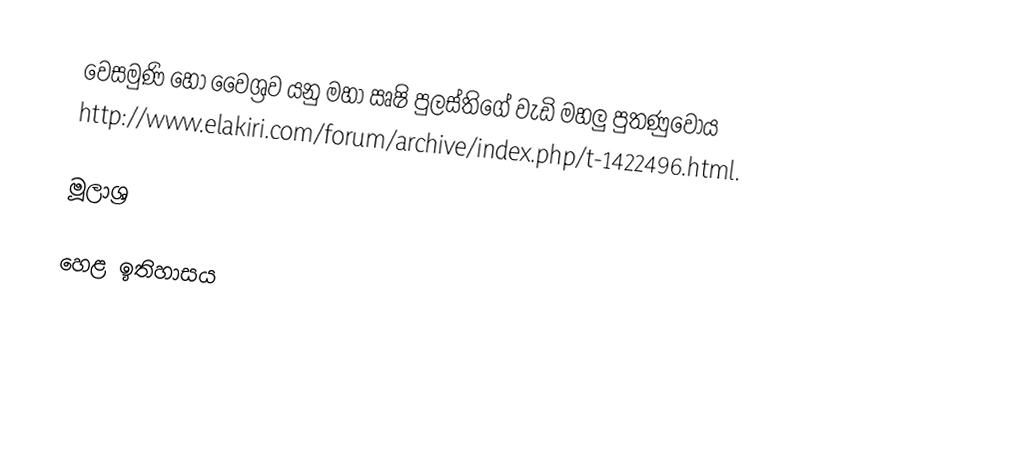
වෙසමුණි හෝ වෛශ්‍රව යනු මහා ඍෂි පුලස්තිගේ වැඩි මහලු පුතණුවෝය http://www.elakiri.com/forum/archive/index.php/t-1422496.html.

මූලාශ්‍ර

හෙළ ඉතිහාසය